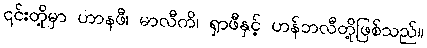
၎င်းတို့မှာ ဟာနဖီ၊ မာလီကိ၊ ရှာဖီနှင့် ဟန်ဘလီတို့ဖြစ်သည်။